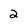
Character: 2